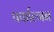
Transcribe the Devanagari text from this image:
पर्फाल्गन